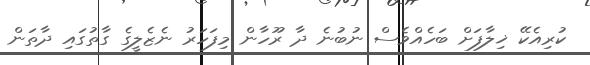
ކުރިއެކޭ ޚިލާފަށް ބަހެއްވެސް ނުބުނެ ދާ ރޫހާން މިފަހަރު ނެޒެލީގެ ގާތުގައި ދާތަން